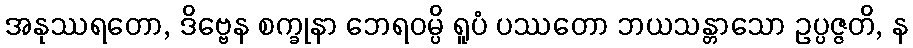
အနုဿရတော, ဒိဗ္ဗေန စက္ခုနာ ဘေရဝမ္ပိ ရူပံ ပဿတော ဘယသန္တာသော ဥပ္ပဇ္ဇတိ, န